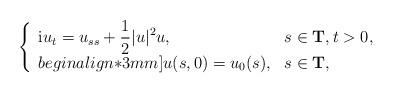
LaTeX: \begin{align*}\left\{\begin{array}{ll}\displaystyle{\rm i}u_{t}=u_{ss}+\frac{1}{2}\lvert u\rvert^{2}u, & s\in \mathbf{T},t>0, \\begin{align*}3mm]u(s,0)=u_{0}(s), & s\in \mathbf{T},\end{array}\right.\end{align*}